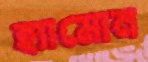
হ্যামোন